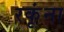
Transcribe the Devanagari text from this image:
रकृंना